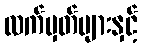
လက်မှတ်များနှင့်